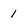
Character: 1